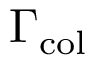
\Gamma _ { \mathrm { c o l } }